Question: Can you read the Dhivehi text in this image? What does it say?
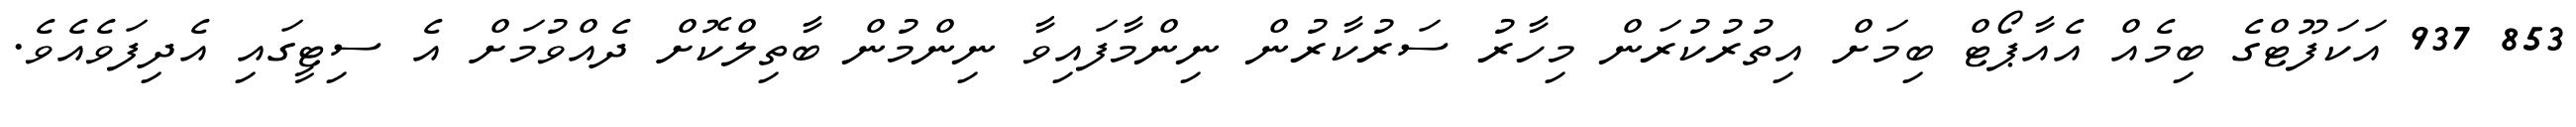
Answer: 853 937 އަކަފޫޓްގެ ބިމެއް އެއާޕޯޓް ބިމަށް އިތުރުކުރަން މިހާރު ސަރުކާރުން ނިންމާފައިވާ ނިންމުން ބާތިލްކޮށް ދެއްވުމަށް އެ ސިޓީގައި އެދިފަވެއެވެ.